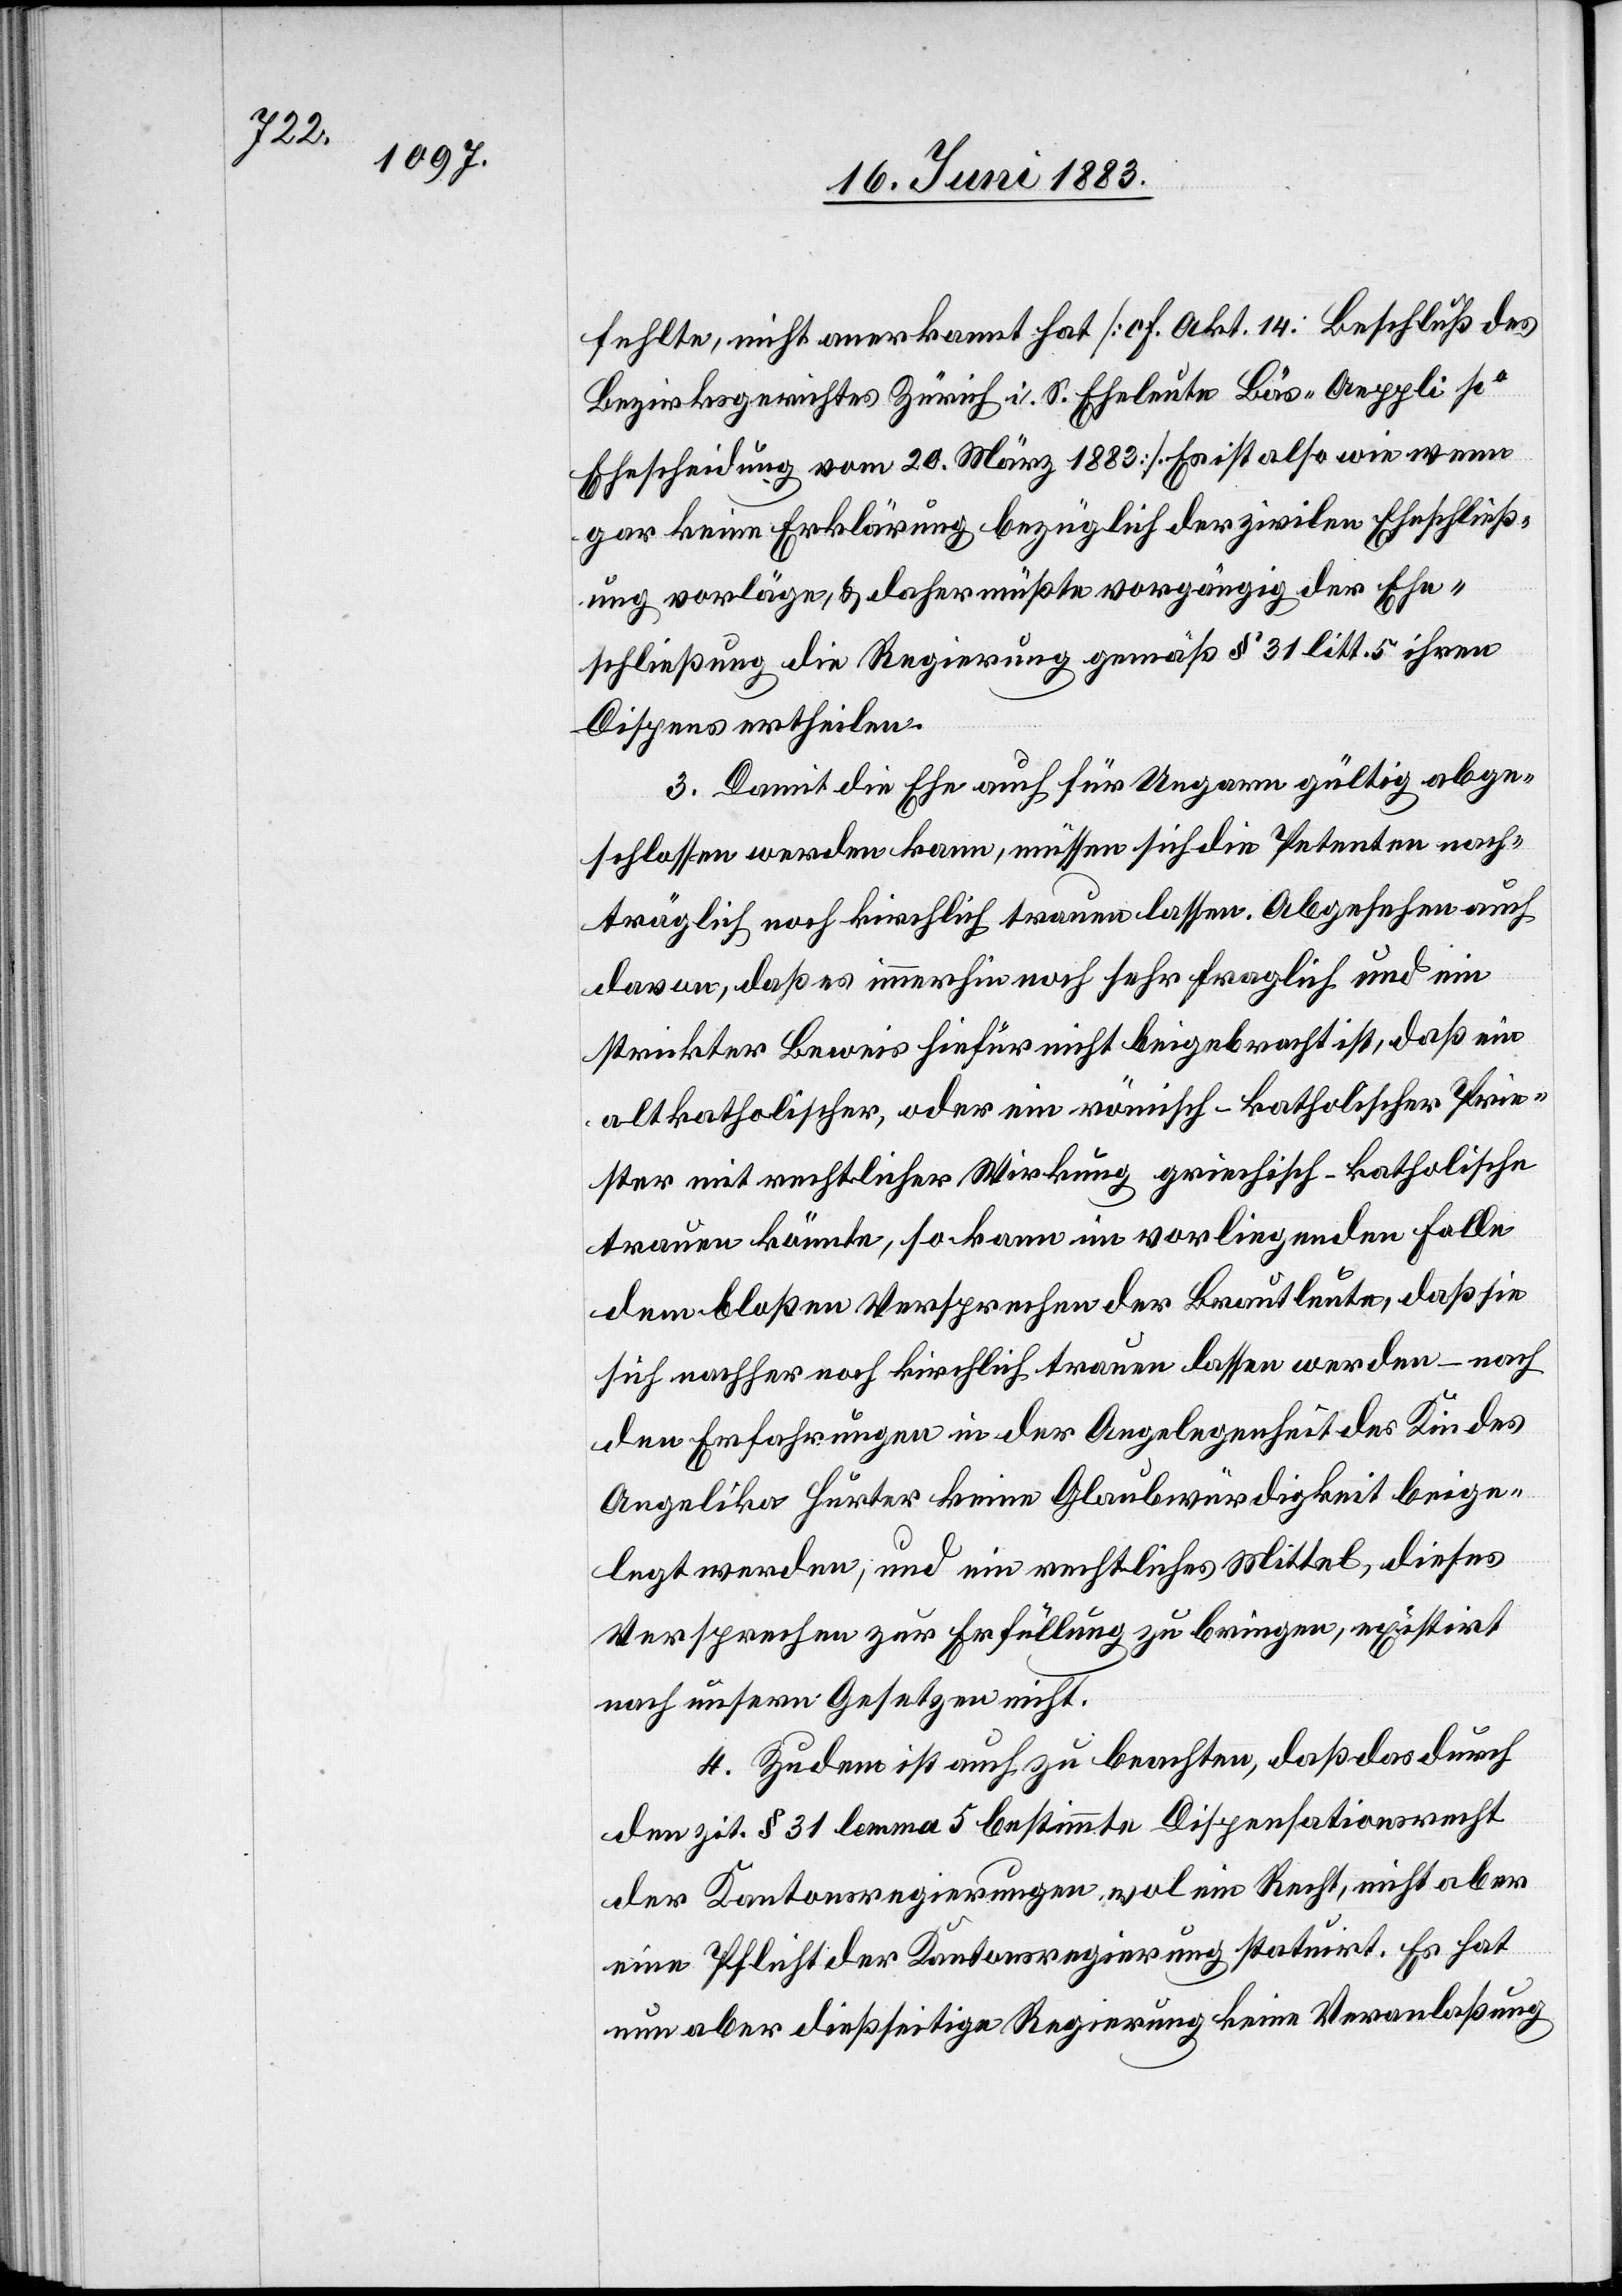
fehlte, nicht anerkannt hat [cf. Akt. 14. Beschluß des
Bezirksgerichtes Zürich i. S. Eheleute Bös-Aeppli po
Ehescheidung vom 20. März 1883]. Es ist also wie wenn
gar keine Erklärung bezüglich der zivilen Eheschließ¬
ung vorläge, & daher müßte vorgängig der Ehe¬
schließung die Regierung gemäß § 31 litt. 5 ihren
Dispens ertheilen.
3. Damit die Ehe auch für Ungarn gültig abge¬
schlossen werden kann, müssen sich die Petenten nach¬
träglich noch kirchlich trauen lassen. Abgesehen auch
davon, daß es immerhin noch sehr fraglich und ein
strikter Beweis hiefür nicht beigebracht ist, daß ein
altkatholischer, oder ein römisch-katholischer Prie¬
ster mit rechtlicher Wirkung griechisch-katholische
trauen könnte, so kann im vorliegenden Falle
dem bloßen Versprechen der Brautleute, daß sie
sich nachher noch kirchlich trauen lassen werden – nach
den Erfahrungen in der Angelegenheit des Kindes
Angelika Hürter keine Glaubwürdigkeit beige¬
legt werden, und ein rechtliches Mittel, dieses
Versprechen zur Erfüllung zu bringen, existirt
nach unsern Gesetzen nicht.
4. Zudem ist auch zu beachten, daß das durch
den zit. § 31 lemma 5 bestimmte Dispensationsrecht
der Kantonsregierungen wol ein Recht, nicht aber
eine Pflicht der Kantonsregierung statuirt. Es hat
nun aber dießseitige Regierung keine Veranlaßung